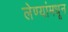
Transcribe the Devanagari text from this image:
लेण्यांमधून